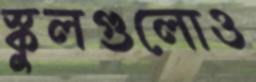
স্কুলগুলোও